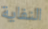
النفاية